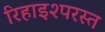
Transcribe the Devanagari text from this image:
रिहाइश्परस्त